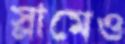
স্লামেও